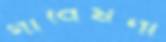
গাবেষণা